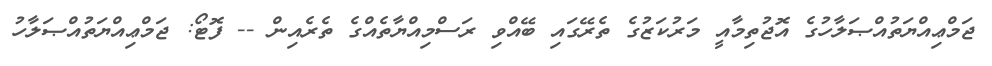
ޖަމްޢިއްޔަތުއްޞަލާހުގެ އޮޖުތިމާއީ މަރުކަޒުގެ ތެރޭގައި ބޭއްވި ރަސްމިއްޔާތެއްގެ ތެރެއިން -- ފޮޓޯ: ޖަމްޢިއްޔަތުއްޞަލާހު